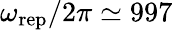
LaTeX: \omega_{\mathrm{rep}}/2\pi\simeq 997